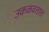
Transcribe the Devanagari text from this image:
उकळवतात